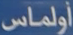
أولماس